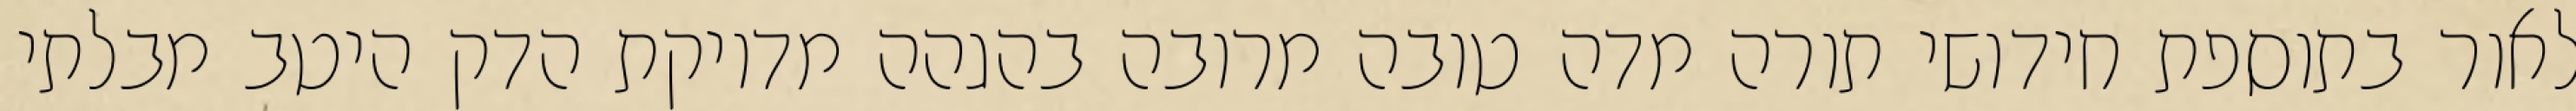
לאור בתוספת חידושי תורה מדה טובה מרובה בהגהה מדויקת הדק היטב מבלתי